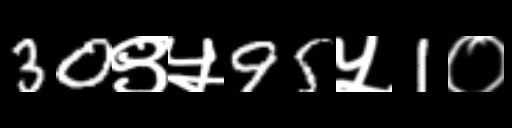
Text: 30९५95५1०